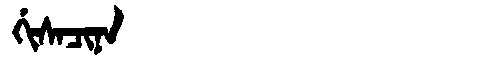
Manchu: ᡤᡳᠰᠠᠴᡳᠨᠠ
Romanization: GISACINA